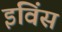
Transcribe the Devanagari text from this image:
इविंस